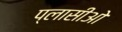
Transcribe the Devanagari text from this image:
प्लासीओ